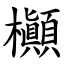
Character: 㰜